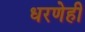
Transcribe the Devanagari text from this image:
धरणेही